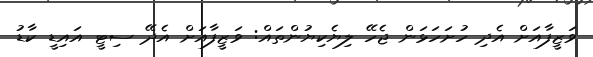
ވަޒީފާއަށް އެދި ހުށަހަޅަން ޖެހޭ ލިޔެކިޔުންތައް: ވަޒީފާއަށް އެދޭ ސިޓީ އައިޑީ ކާޑު